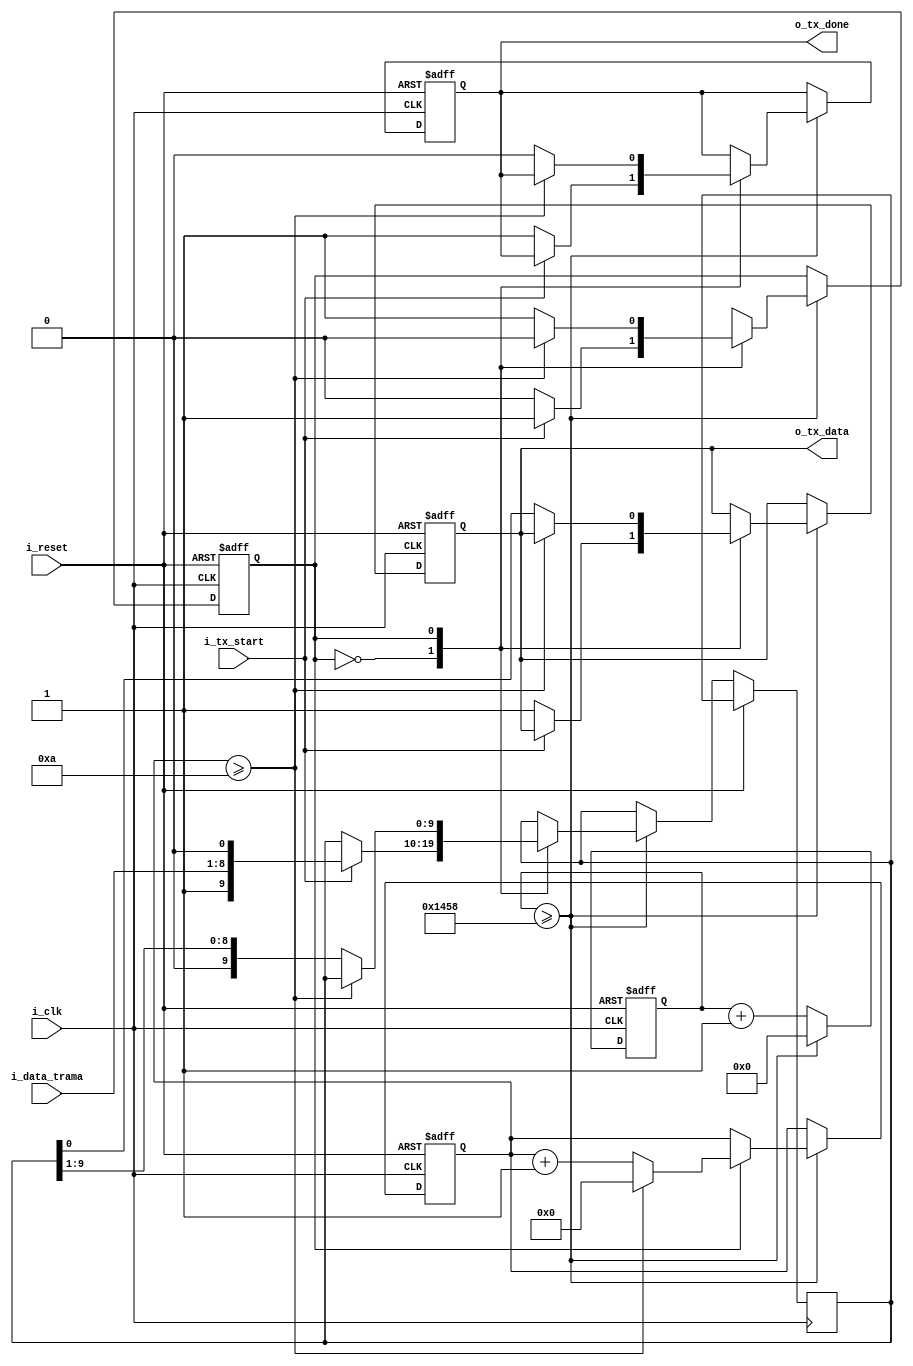
`timescale 1ns / 1ps


module UART_tx
    #(
        parameter       CLK_FR     = 50000000,  //50Mhz
        parameter       BAUD_RATE  = 9600,     //Baudios
        parameter       SIZE_TRAMA = 8
    )
    (
        input                           i_clk, 
        input                           i_reset, 
        input                           i_tx_start,     //Flag de recepcion de datos i_data_trama
        input   [SIZE_TRAMA-1    :0]    i_data_trama,   // Datos a transmitir
        output                          o_tx_data, 
        output                          o_tx_done       //Flag de finalizacion de TX
    );
    
    //States
    localparam   IDLE                = 1'b0;
    localparam   SEND                = 1'b1; 
        
    localparam   SIZE_COUNTER_BIT    = $clog2(SIZE_TRAMA+2); //Size para el contador de bits de una trama
    localparam   TICK_COUNTER        = CLK_FR / BAUD_RATE;  //Calculo del contador para generar un tick
    localparam   SIZE_COUNTER        = $clog2(TICK_COUNTER+1); //size para el contador de TICKS
    
    reg [SIZE_COUNTER-1         :0]  reg_counter; //Count, have to divide the system clock frequency to get a frequency (div_sample) time higher than (baud_rate)  
    reg [SIZE_COUNTER_BIT-1     :0]  reg_counter_bit, reg_counter_bit_next; //Contador para saber si se enviaron 10 bits
    reg                              state, state_next;
    reg [SIZE_TRAMA+1            :0] reg_shift, reg_shift_next; 
    reg reg_tx_data, reg_tx_data_next;
    reg reg_tx_done, reg_tx_done_next;


    assign o_tx_data = reg_tx_data;
    assign o_tx_done = reg_tx_done;
    
    always @ (posedge i_clk, posedge i_reset) 
    begin 
        if (i_reset) begin
            state               <= IDLE;
            reg_counter         <= 0; 
            reg_counter_bit     <= 0;
            reg_tx_done         <= 1; 
            reg_tx_data         <= 1;
        end
        else begin
            reg_counter <= reg_counter + 1; 
            if (reg_counter >= TICK_COUNTER) begin //Cuando el reg_counter llego a un tick      
              reg_counter       <=  0;        
              state             <=  state_next;
              reg_shift         <=  reg_shift_next;
              reg_counter_bit   <=  reg_counter_bit_next;
              reg_tx_data       <=  reg_tx_data_next;
              reg_tx_done       <=  reg_tx_done_next;
           end
         end
    end 
       
    always @* 
    begin        
        reg_shift_next          <= reg_shift;
        reg_tx_data_next        <= reg_tx_data;
        reg_counter_bit_next    <= reg_counter_bit;
        reg_tx_done_next        <= reg_tx_done;
        case (state)
            IDLE:
            begin 
                if (i_tx_start) begin //Si es 1, llegaron datos y puedo comenzar
                   state_next       <= SEND;
                   reg_shift_next   <= {1'b1,i_data_trama,1'b0}; //Cargo 8 bits de datos con bit start y stop
                end 
                else begin // Si no hay dato espero
                   state_next           <= IDLE;
                   reg_tx_data_next     <= 1; 
                   reg_tx_done_next     <= 1;
                end
            end
            SEND:
            begin  
                if (reg_counter_bit >= 10) begin // Si se transmitieron 10 bits vuelve a IDLE, 8 bits data, bit start y stop
                    state_next               <= IDLE; 
                    reg_counter_bit_next     <= 0;
                end 
                else begin //Si la transmision no completo envia el siguiente bit
                    state_next              <=  SEND; //Envia de 1 bit, Y se queda en este estado enviando de 1
                    reg_tx_done_next        <=  0;
                    reg_tx_data_next        <=  reg_shift[0]; 
                    reg_shift_next          <=  reg_shift >> 1; //Mueve el registro en 1 bit
                    reg_counter_bit_next    <=  reg_counter_bit + 1;
                end
            end
            default: 
                state_next <= IDLE;                      
        endcase
    end

endmodule